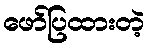
ဖော်ပြထားတဲ့